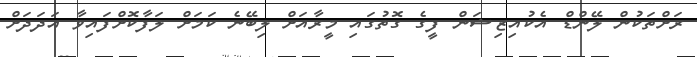
ރަށްތަކުން ލޭންޑް އެކުއިޒިޝަން ފީގެ ގޮތުގައި މީރާއަށް ލިބޭނެ ކަމަށް ލަފާކޮށްފައިވާ އަދަދަށް